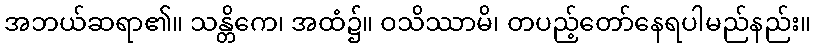
အဘယ်ဆရာ၏။ သန္တိကေ၊ အထံ၌။ ဝသိဿာမိ၊ တပည့်တော်နေရပါမည်နည်း။